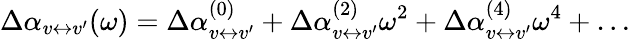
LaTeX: \Delta\alpha_{v\leftrightarrow v^{\prime}}(\omega)=\Delta\alpha_{v\leftrightarrow v^{\prime}}^{(0)}+\Delta\alpha_{v\leftrightarrow v^{\prime}}^{(2)}\omega^{2}+\Delta\alpha_{v\leftrightarrow v^{\prime}}^{(4)}\omega^{4}+\ldots